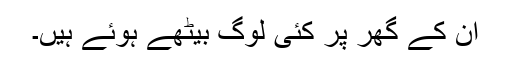
ان کے گھر پر کئی لوگ بیٹھے ہوئے ہیں۔